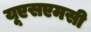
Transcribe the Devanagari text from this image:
यूएसएमसी